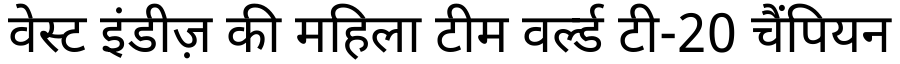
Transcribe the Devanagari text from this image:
वेस्ट इंडीज़ की महिला टीम वर्ल्ड टी-20 चैंपियन